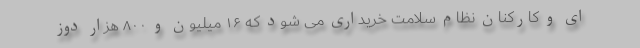
ای و کارکنان نظام سلامت خریداری می شود که ۱۶ میلیون و ۸۰۰ هزار دوز